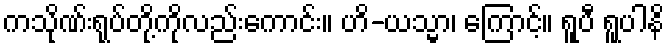
ကသိုဏ်းရုပ်တို့ကိုလည်းကောင်း။ ဟိ-ယသ္မာ၊ ကြောင့်။ ရူပီ ရူပါနိ